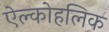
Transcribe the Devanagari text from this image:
ऐल्कोहलिक